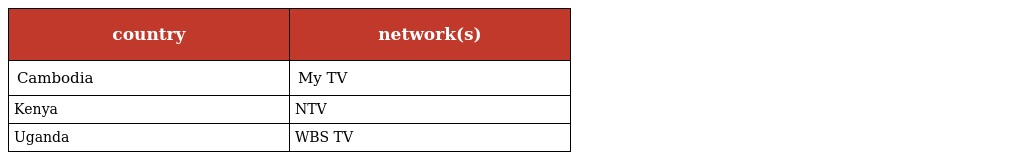
| country | network(s) |
 | --- | --- |
 | Cambodia | My TV |
 | Kenya | NTV |
 | Uganda | WBS TV |